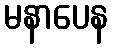
မနာပေန